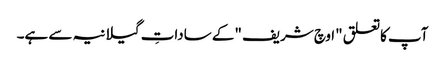
آپ کاتعلق "اوچ شریف "کے ساداتِ گیلانیہ سے ہے۔